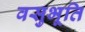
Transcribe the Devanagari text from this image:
वसुभूति